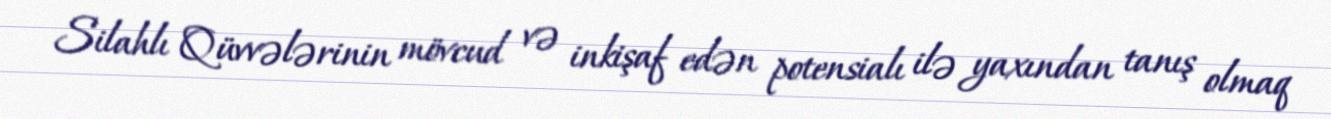
Silahlı Qüvvələrinin mövcud və inkişaf edən potensialı ilə yaxından tanış olmaq